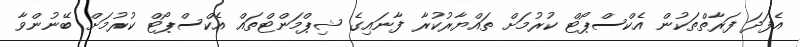
އެފަދަ ފަރާތްތަކުން އެކްސްޕޯޓް ކުރުމަށް ތައްޔާރުކުރާ ފާނައިގެ ޝިޕްމަންޓްތައް އެކްސްޕޯޓް ކުރުމަށް ބޭނުންވާ